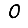
Digit: 0